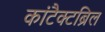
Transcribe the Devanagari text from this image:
कांटैक्टब्रिल